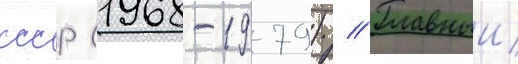
ссср (1968-1979) // Главныи